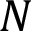
N